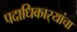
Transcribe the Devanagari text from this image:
पदाधिकार्‍यांचा